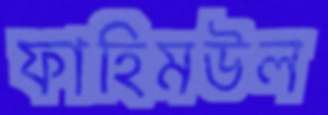
ফাহিমউল